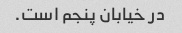
در خیابان پنجم است.